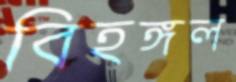
বিহঙ্গল